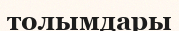
толымдары